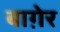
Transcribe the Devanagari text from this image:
बाग़ेर